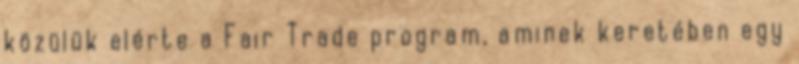
közülük elérte a Fair Trade program, aminek keretében egy